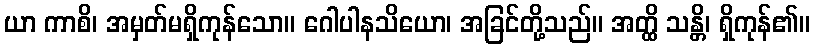
ယာ ကာစိ၊ အမှတ်မရှိကုန်သော။ ဂေါပါနသိယော၊ အခြင်တို့သည်။ အတ္ထိ သန္တိ၊ ရှိကုန်၏။